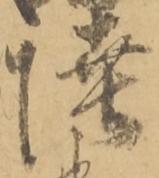
陸